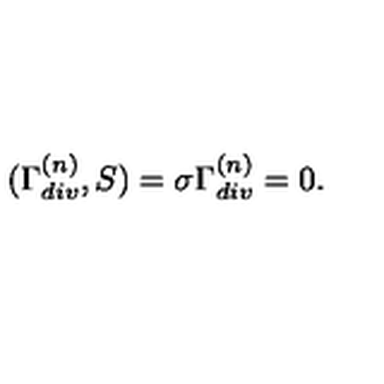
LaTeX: ( \Gamma _ { d i v } ^ { ( n ) } , S ) = \sigma \Gamma _ { d i v } ^ { ( n ) } = 0 .